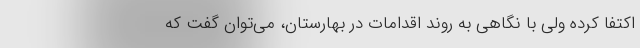
اکتفا کرده ولی با نگاهی به روند اقدامات در بهارستان، می‌توان گفت که